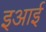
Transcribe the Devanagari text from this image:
इआई